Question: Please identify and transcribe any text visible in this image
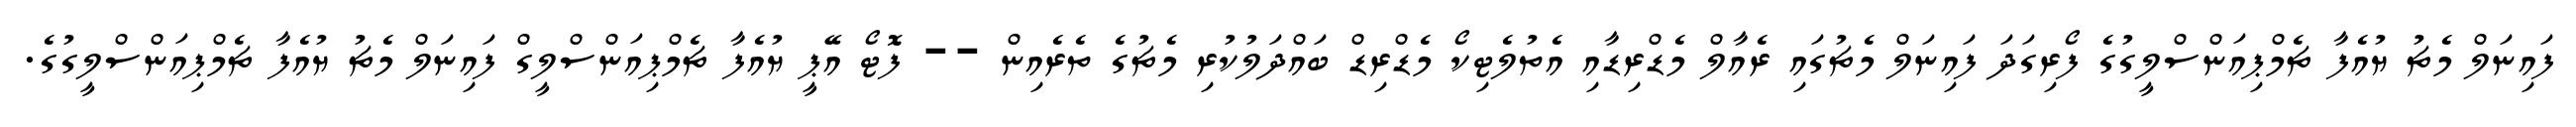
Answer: ފައިނަލް މެޗު ޔުއެފާ ޗެމްޕިއަންސްލީގުގެ ފޯރިގަދަ ފައިނަލް މެޗުގައި ރެއާލް މެޑްރިޑާއި އެތުލެޓިކޯ މެޑްރިޑް ބައްދަލުކުރި މެޗުގެ ތެރެއިން -- ފޮޓޯ އޭޕީ ޔުއެފާ ޗެމްޕިއަންސްލީގް ފައިނަލް މެޗު ޔުއެފާ ޗެމްޕިއަންސްލީގުގެ.